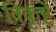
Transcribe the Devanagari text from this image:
विकृष्टे